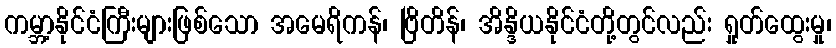
ကမ္ဘာ့နိုင်ငံကြီးများဖြစ်သော အမေရိကန်၊ ဗြိတိန်၊ အိန္ဒိယနိုင်ငံတို့တွင်လည်း ရှုတ်ထွေးမှု၊